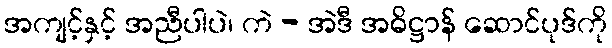
အကျင့်နှင့် အညီပါပဲ၊ ကဲ - အဲဒီ အဓိဋ္ဌာန် ဆောင်ပုဒ်ကို